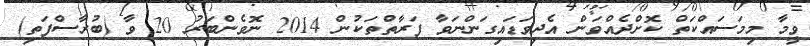
ވީމާ މިމަސައްކަތް ކޮށްދެއްވަން އެދިވަޑައިގަންނަވާ ފަރާތްތަކުން 2014 ނޮވެންބަރު 20 ވާ (ބުރާސްފަތި)